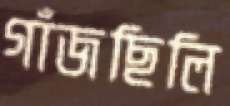
গাঁজছিলি